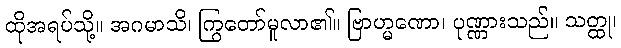
ထိုအရပ်သို့။ အဂမာသိ၊ ကြွတော်မူလာ၏။ ဗြာဟ္မဏော၊ ပုဏ္ဏားသည်။ သတ္ထု၊